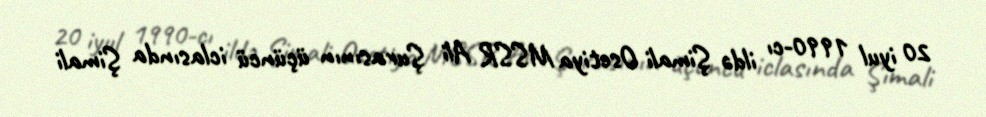
20 iyul 1990-cı ildə Şimali Osetiya MSSR Ali Şurasının üçüncü iclasında Şimali